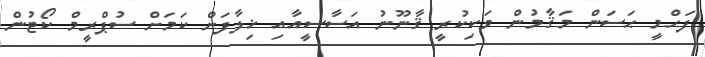
ފަހްމީ ޙަސަން މަޤާމުން ވަކިކުރީ ޤާނޫނު އަސާސީއާއި ޚިލާފަށް ކަމަށް ސުޕްރީމް ކޯޓުން